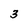
Character: 3